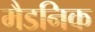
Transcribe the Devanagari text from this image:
मैडनिक